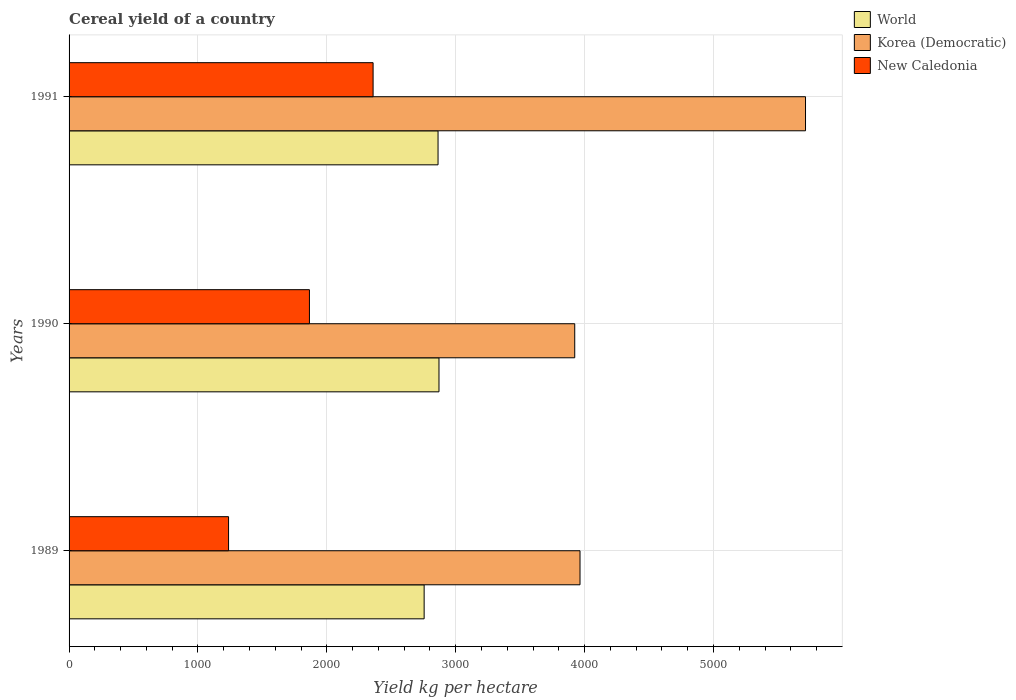
| Years | World | Korea (Democratic) | New Caledonia |
 | --- | --- | --- | --- |
 | 1989 | 2.75e+03 | 3.96e+03 | 1.24e+03 |
 | 1990 | 2.87e+03 | 3.92e+03 | 1.87e+03 |
 | 1991 | 2.86e+03 | 5.71e+03 | 2.36e+03 |